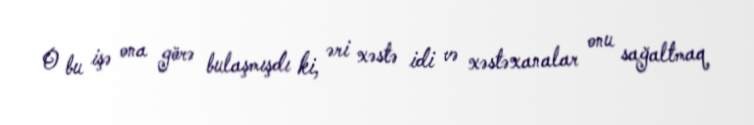
O bu işə ona görə bulaşmışdı ki, əri xəstə idi və xəstəxanalar onu sağaltmaq